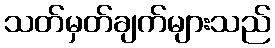
သတ်မှတ်ချက်များသည်